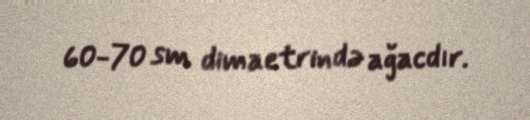
60-70 sm dimaetrində ağacdır.